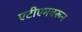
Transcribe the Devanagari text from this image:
एटीएमवरून